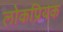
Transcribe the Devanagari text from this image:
लोकप्रियक